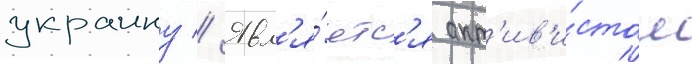
украину // Явл'я́етс'я акт'ив'и́стом